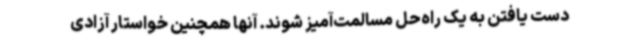
دست یافتن به یک راه‌حل مسالمت‌آمیز شوند. آنها همچنین خواستار آزادی